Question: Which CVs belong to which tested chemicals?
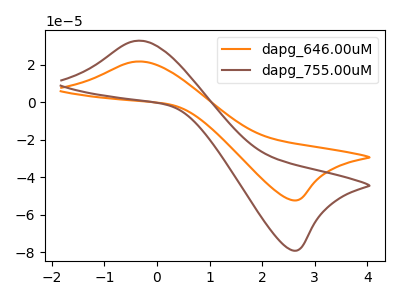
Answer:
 <answer>The orange curve is labeled "dapg_646.00uM". The brown curve is labeled "dapg_755.00uM".</answer>
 <eval></eval>